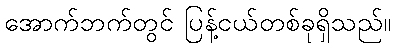
အောက်ဘက်တွင် ပြန့်ငယ်တစ်ခုရှိသည်။